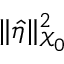
\| \hat { \eta } \| _ { \mathcal { X } _ { 0 } } ^ { 2 }